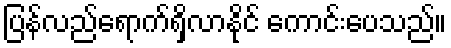
ပြန်လည်ရောက်ရှိလာနိုင် ကောင်းပေသည်။